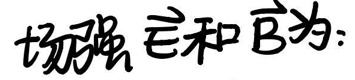
场强\(\vec{E}\)和\(\vec{B}\)为：